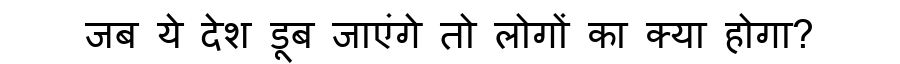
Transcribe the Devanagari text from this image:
जब ये देश डूब जाएंगे तो लोगों का क्या होगा?